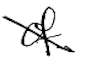
Text: of
Cross-out: diagonal
Writing tool: digital_black